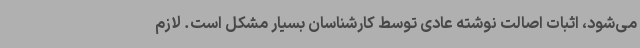
می‌شود، اثبات اصالت نوشته عادی توسط کارشناسان بسیار مشکل است. لازم